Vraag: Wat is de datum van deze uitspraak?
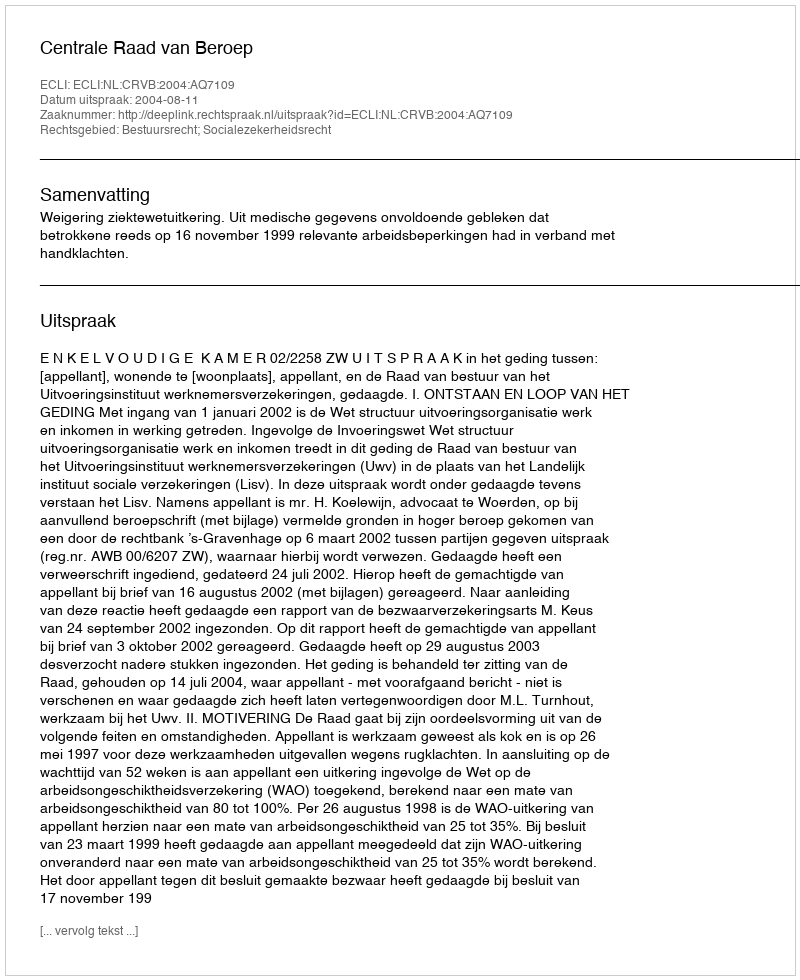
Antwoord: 2004-08-11